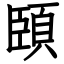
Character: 頣